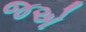
જએ